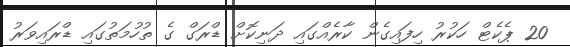
20 ޕެކެޓް ހަކުރު ހިފައިގެން ކާރެއްގައި ދަނިކޮށް ޑްރަގް ގެ ތުހުމަތުގައި ޑްރައިވަރު